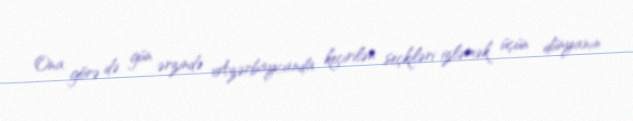
Ona görə də gün ərzində Azərbaycanda keçirilən seçkiləri izləmək üçün dünyanın